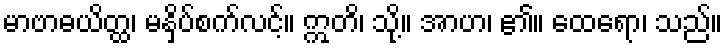
မာဗာဓယိတ္ထ၊ မနှိပ်စက်လင့်။ ဣတိ၊ သို့။ အာဟ၊ ၏။ ထေရော၊ သည်။